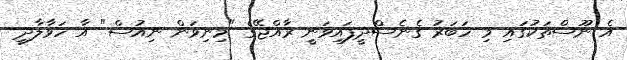
އެ ނޫސްތަކުގައި މި ހަބަރު ގެނެސްދީފައިވަނީ ރާއްޖޭގެ "މިނިވަން ނިއުސް" އާ ހަވާލާދީ